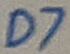
Text: D7